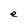
Character: e